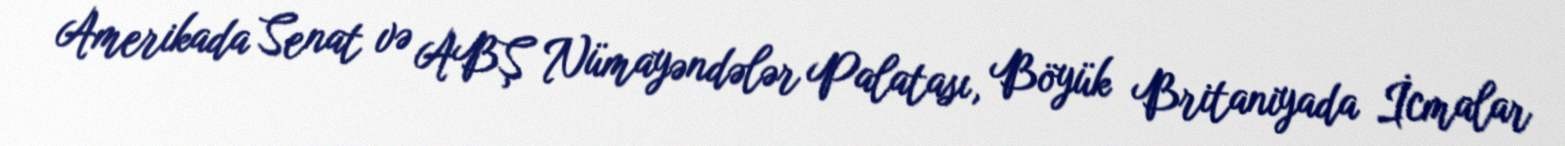
Amerikada Senat və ABŞ Nümayəndələr Palatası, Böyük Britaniyada İcmalar